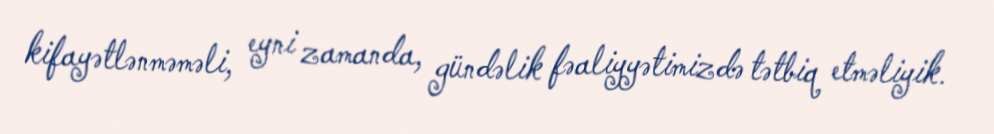
kifayətlənməməli, eyni zamanda, gündəlik fəaliyyətimizdə tətbiq etməliyik.